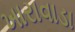
ખારાવાડા